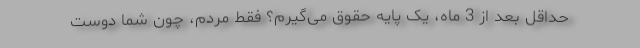
حداقل بعد از 3 ماه، یک پایه حقوق می‌گیرم؟ فقط مردم، چون شما دوست